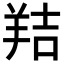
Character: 𦎁